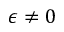
\epsilon \neq 0